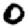
Digit: 0